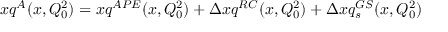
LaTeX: x q ^ { A } ( x , Q _ { 0 } ^ { 2 } ) = x q ^ { A P E } ( x , Q _ { 0 } ^ { 2 } ) + \Delta x q ^ { R C } ( x , Q _ { 0 } ^ { 2 } ) + \Delta x q _ { s } ^ { G S } ( x , Q _ { 0 } ^ { 2 } )